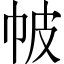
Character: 帔